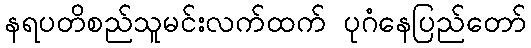
နရပတိစည်သူမင်းလက်ထက် ပုဂံနေပြည်တော်